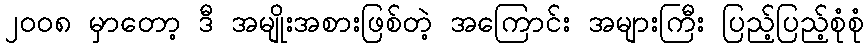
၂၀၀၈ မှာတော့ ဒီ အမျိုးအစားဖြစ်တဲ့ အကြောင်း အများကြီး ပြည့်ပြည့်စုံစုံ